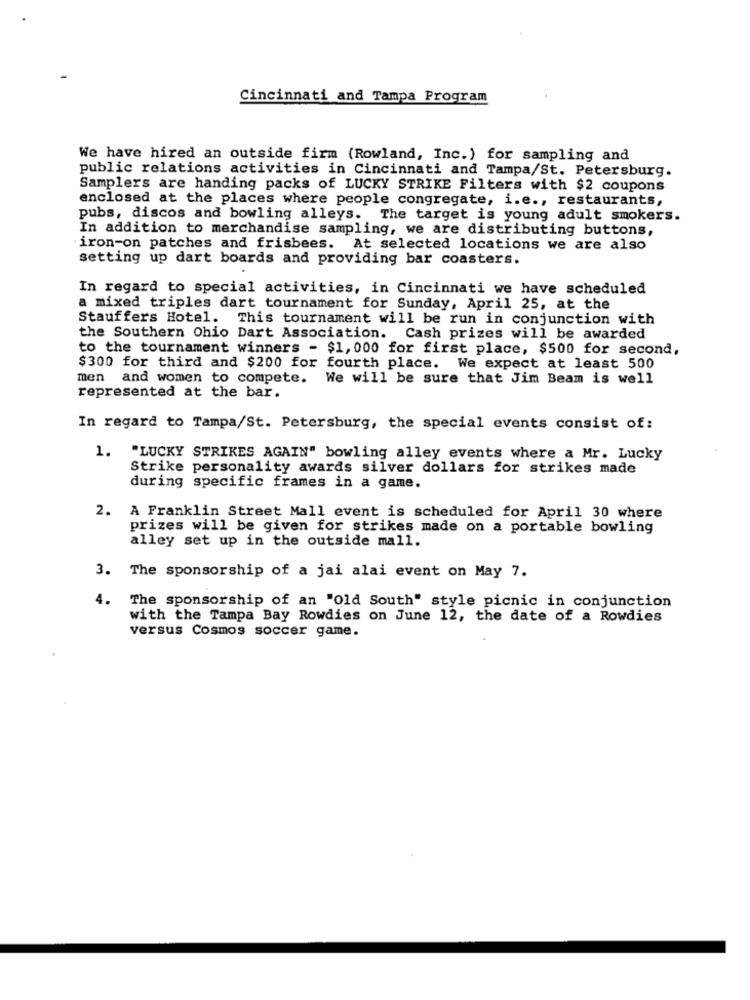
Cincinnati and Tampa Program
We have hired an outside firm (Rowland, Inc.) for sampling and
public relations activities in Cincinnati and Tampa/St. Petersburg.
Samplers are handing packs of LUCKY STRIKE Filters with $2 coupons
enclosed at the places where people congregate, i.e ., restaurants,
pubs, discos and bowling alleys. The target is young adult smokers.
In addition to merchandise sampling, we are distributing buttons,
iron-on patches and frisbees. At selected locations we are also
setting up dart boards and providing bar coasters.
In regard to special activities, in Cincinnati we have scheduled
a mixed triples dart tournament for Sunday, April 25, at the
Stauffers Hotel. This tournament will be run in conjunction with
the Southern Ohio Dart Association. Cash prizes will be awarded
to the tournament winners - $1, 000 for first place, $500 for second,
$300 for third and $200 for fourth place. We expect at least 500
men and women to compete. We will be sure that Jim Beam is well
represented at the bar.
In regard to Tampa/St. Petersburg, the special events consist of:
1.
"LUCKY STRIKES AGAIN" bowling alley events where a Mr. Lucky
Strike personality awards silver dollars for strikes made
during specific frames in a game.
2.
A Franklin Street Mall event is scheduled for April 30 where
prizes will be given for strikes made on a portable bowling
alley set up in the outside mall.
3. The sponsorship of a jai alai event on May 7.
4.
The sponsorship of an "Old South" style picnic in conjunction
with the Tampa Bay Rowdies on June 12, the date of a Rowdies
versus Cosmos soccer game.